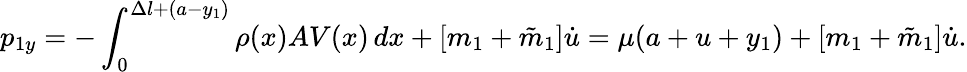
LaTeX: p_{1y}=-\int_{0}^{\Delta l+(a-y_{1})}\rho(x)AV(x)\, dx+[m_{1}+\tilde{m}_{1}]\dot{u}=\mu(a+u+y_{1})+[m_{1}+\tilde{m}_{1}]\dot{u}.